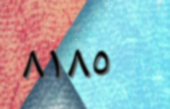
٨١٨٥